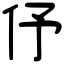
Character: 伃